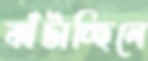
ঝাঁটাচ্ছিলে